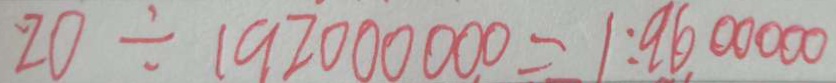
2 0 \div 1 9 2 0 0 0 0 0 0 = 1 : 9 6 0 0 0 0 0